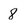
Character: 8